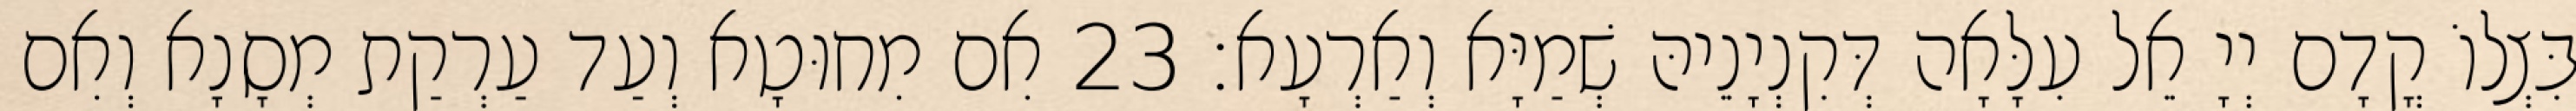
בִּצְלוֹ קֳדָם יְיָ אֵל עִלָּאָה דְּקִנְיָנֵיהּ שְׁמַיָּא וְאַרְעָא׃ 23 אִם מִחוּטָא וְעַד עַרְקַת מְסָנָא וְאִם